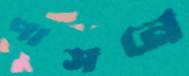
পাসনে